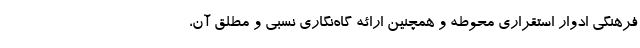
فرهنگی ادوار استقراری محوطه و همچنین ارائه گاه‌نگاری نسبی و مطلق آن،